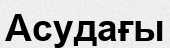
Асудағы